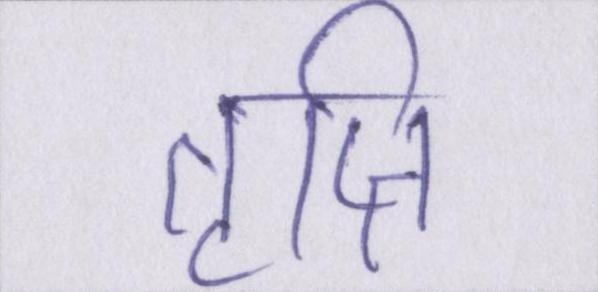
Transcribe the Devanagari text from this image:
तृप्ति